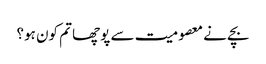
بچے نے معصومیت سے پوچھا تم کون ہو؟